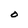
Character: O